Report on lock hospitals in British Burma
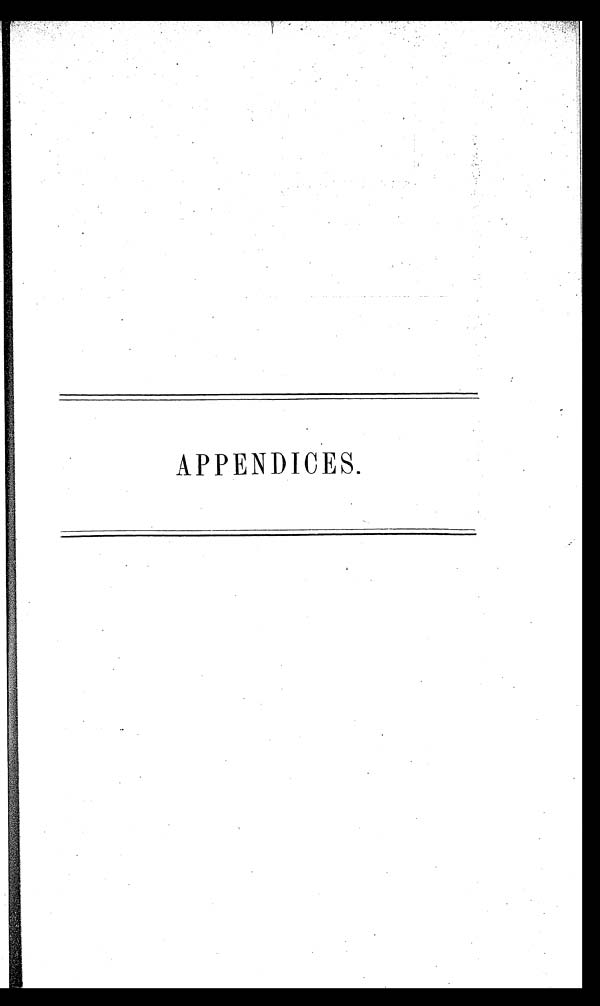
APPENDICES.